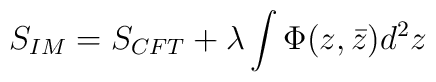
{S_{IM}=S_{CFT}+\lambda\int\Phi(z,\bar{z})d^2z}